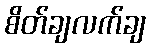
စိတ်ချလက်ချ